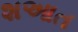
શઆત